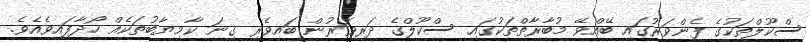
ސްކޫލްތަކުގެ ފެންވަރުގައި ބޭއްވޭ މުބާރާތްތަކުގައި ސްކޫލްގެ ދަރިވަރުން ބައިވެރި ގިނަ ކާމިޔާބުތަކެއް ހޯދާފައިވެއެވެ.